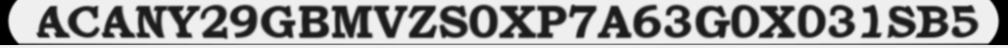
ACANY29GBMVZS0XP7A63G0X031SB5